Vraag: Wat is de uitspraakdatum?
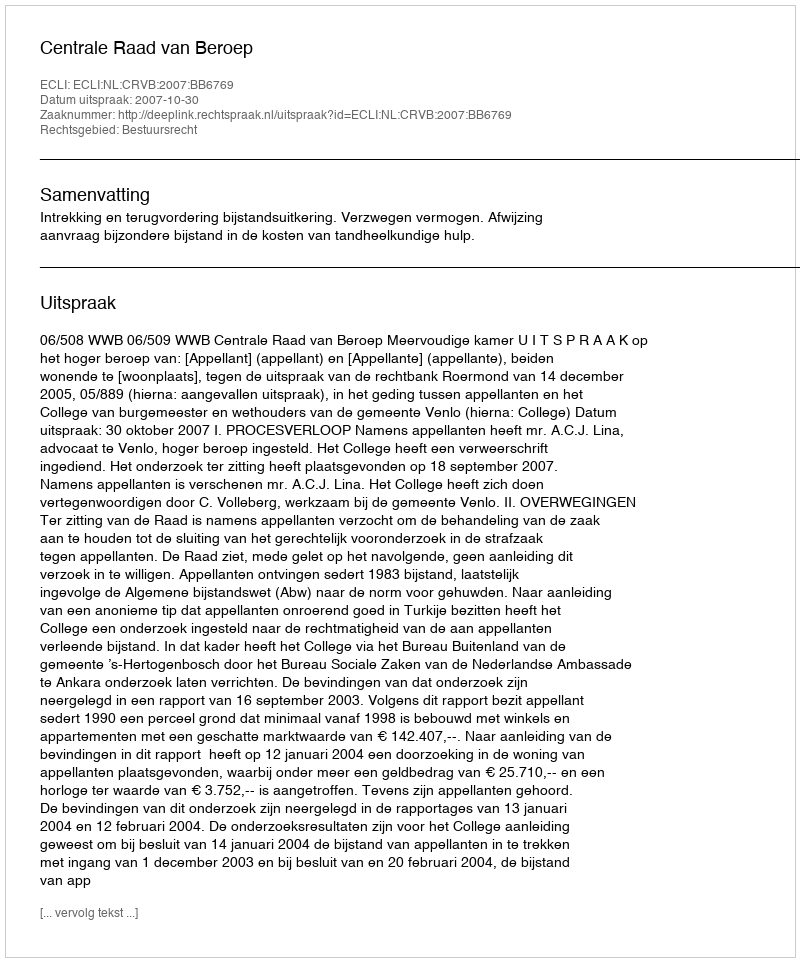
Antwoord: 2007-10-30